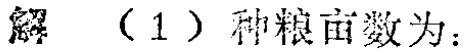
解 （1）种粮亩数为：